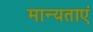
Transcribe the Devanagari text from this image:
मान्‍यताएं